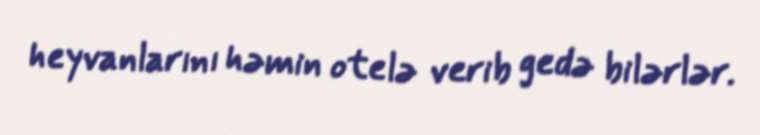
heyvanlarını həmin otelə verib gedə bilərlər.